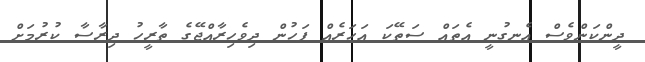
ދީންކަންވެސް އެނގުނީ އެތައް ސަތޭކަ އަހަރެއް ފަހުން ދިވެހިރާއްޖޭގެ ތާރީހު ދިރާސާ ކުރުމަށް